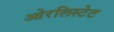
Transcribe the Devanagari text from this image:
ओरलिस्टेट